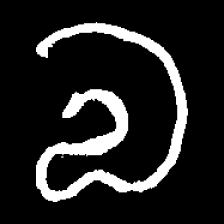
Pyu character \u2014 Myanmar letter: လ (romanized: la)